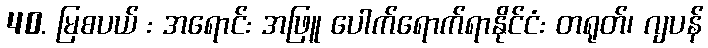
40. မြစပယ် : အရောင်: အဖြူ ပေါက်ရောက်ရာနိုင်ငံ: တရုတ်၊ ဂျပန်